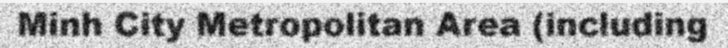
Minh City Metropolitan Area (including